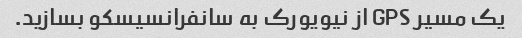
یک مسیر GPS از نیویورک به سانفرانسیسکو بسازید.